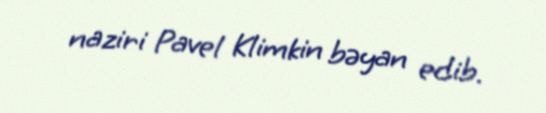
naziri Pavel Klimkin bəyan edib.